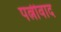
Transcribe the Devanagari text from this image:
पत्नीवाद